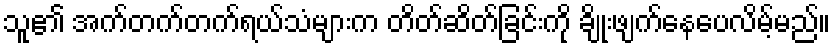
သူ၏ အက်တက်တက်ရယ်သံများက တိတ်ဆိတ်ခြင်းကို ချိုးဖျက်နေပေလိမ့်မည်။